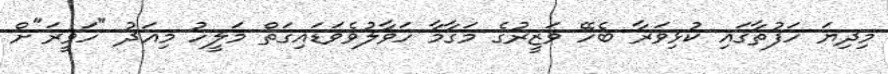
މިދިޔަ ހަފުތާގައި ކުޅިވަރާ ބެހޭ ވަޒީރުގެ މަގާމާ ހަވާލުވެވަޑައިގަތް މަލީހު މިއަދު "ހަވީރަ"ށް